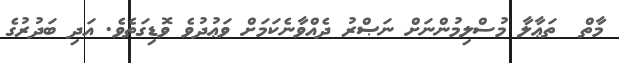
މާތް  ތަޢާލާ މުސްލިމުންނަށް ނަޞްރު ދެއްވާނެކަމަށް ވަޢުދުވެ ވޮޑިގަތެވެ. އަދި ބަދުރުގެ